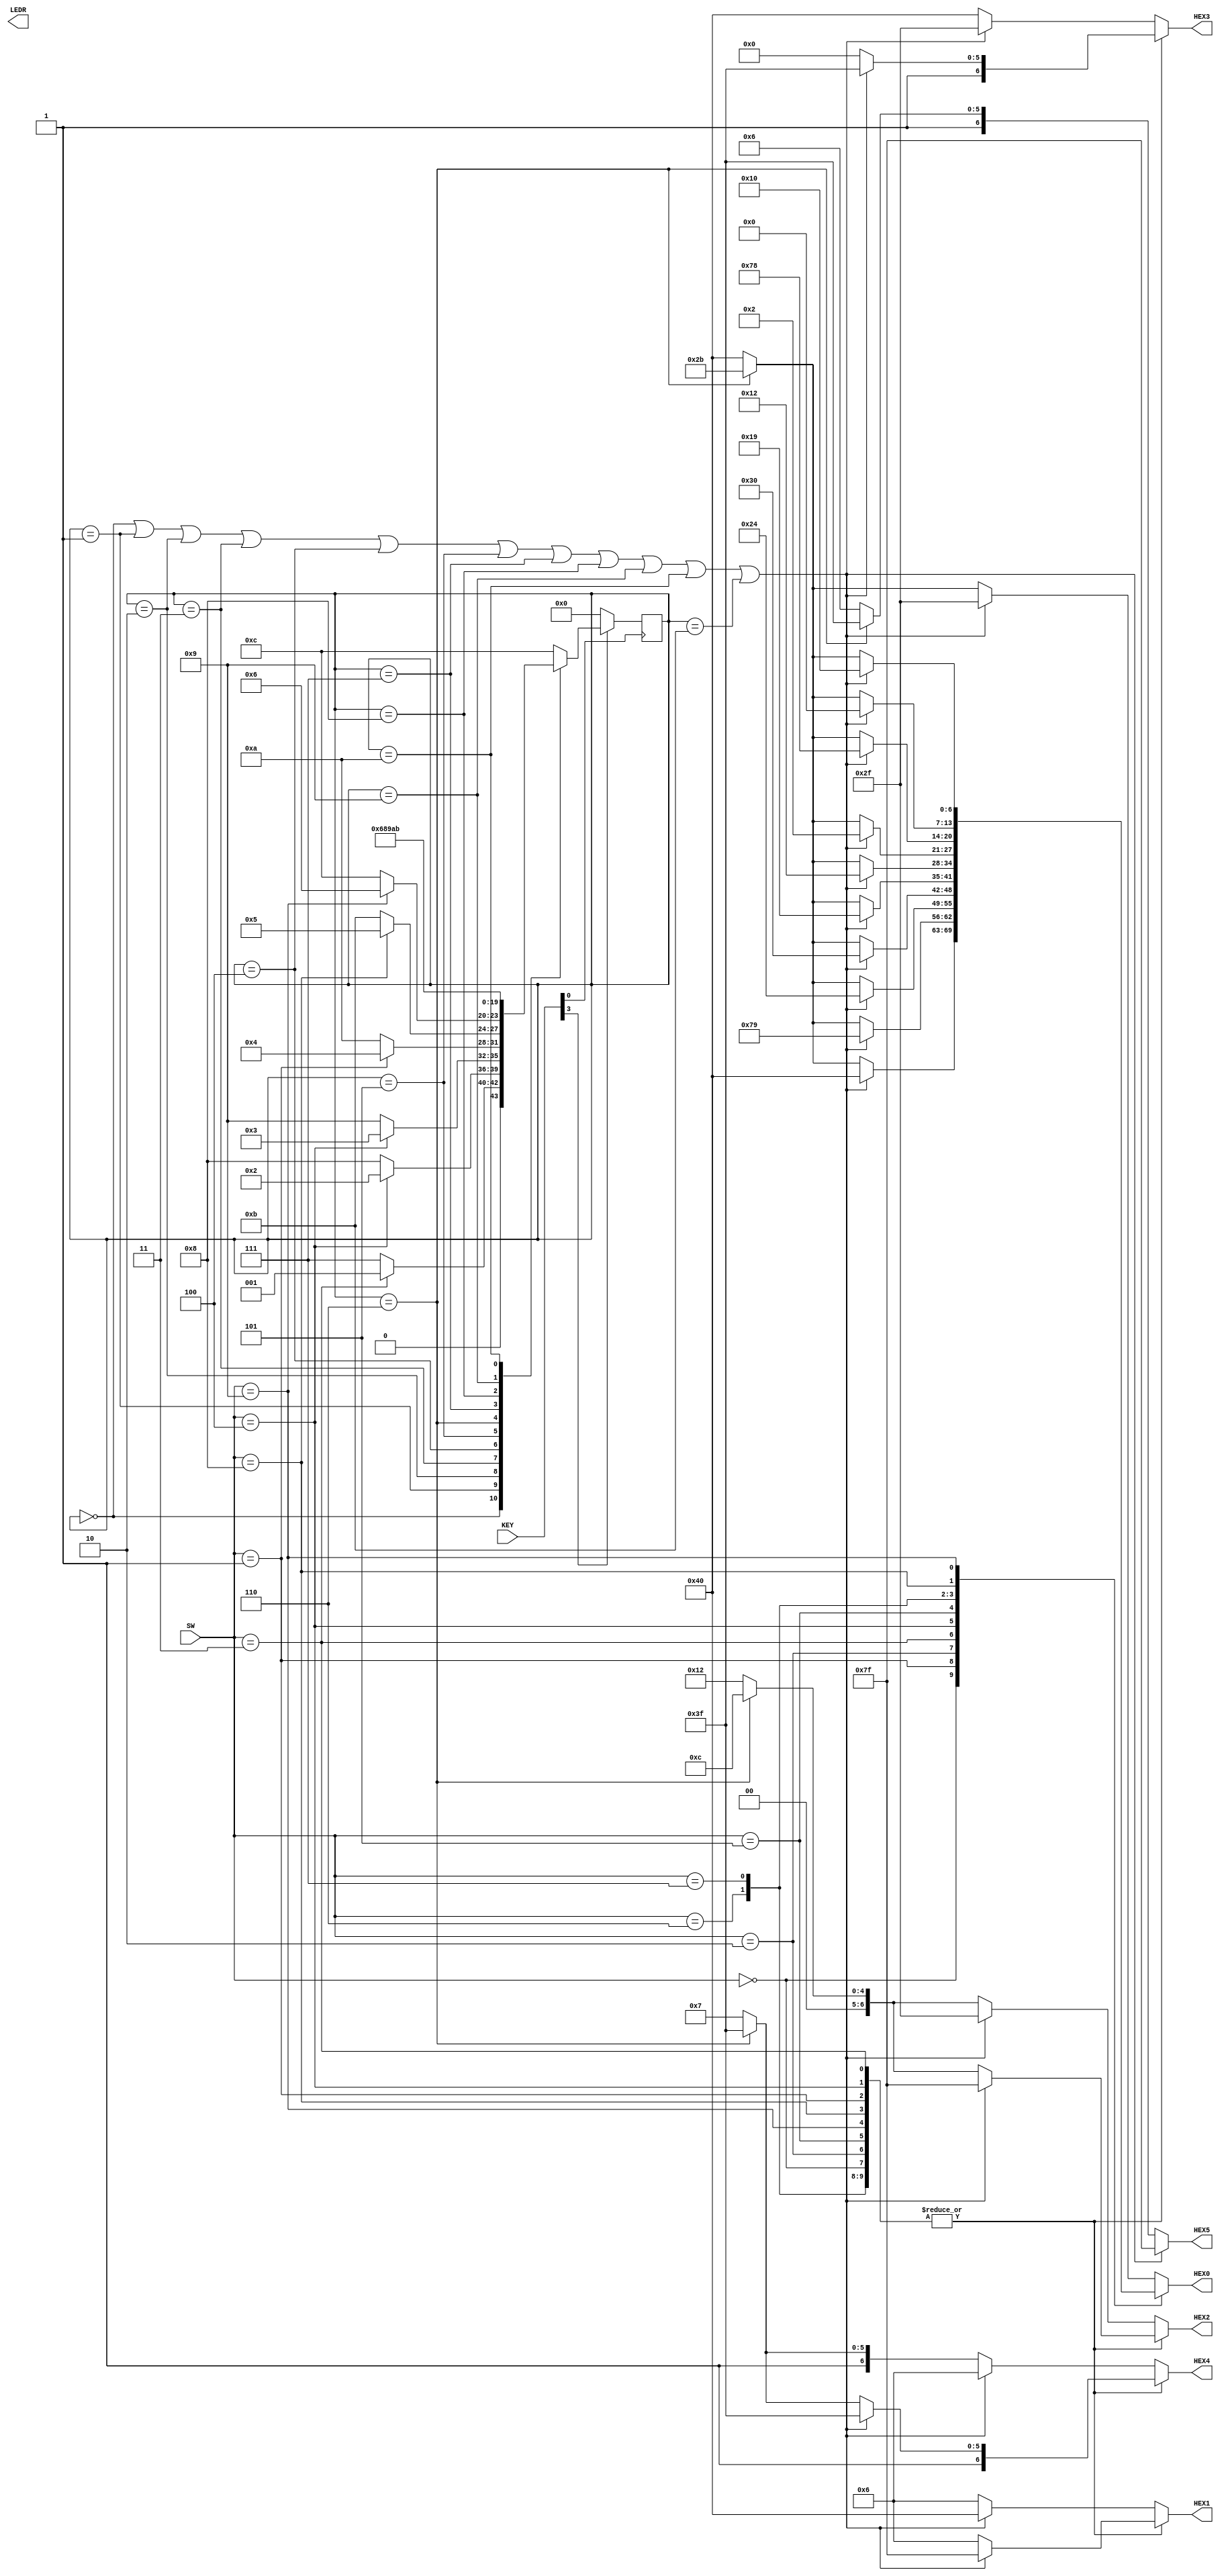
`define A 4'd0
`define B 4'd1
`define C 4'd2
`define D 4'd3
`define E 4'd4
`define F 4'd5
`define G 4'd6
`define H 4'd7
`define I 4'd8
`define J 4'd9
`define K 4'd10
`define L 4'd11
`define M 4'd12

module lab3_top(
  input [3:0] SW,
  input [3:0] KEY,
  output reg [6:0] HEX0, HEX1, HEX2, HEX3, HEX4, HEX5,
  output [9:0] LEDR); // optional: use these outputs for debugging on your DE1-SoC
  reg [3:0] state;

  	always @(negedge KEY[0]) begin
		if(KEY[3] == 0)
			state = `A;
		else begin
			case(state)
				`A: if (SW == 4'd3)
					state = `B;
					else 
					state = `H;
				`B: if (SW == 4'd4)
					state = `C;
					else 
					state = `I;
				`C: if (SW == 4'd4)
					state = `D;
					else 
					state = `J;
				`D: if (SW == 4'd1)
					state = `E;
					else
					state = `K;
				`E: if (SW == 4'd8)
					state = `F;
					else 
					state = `L;
				`F: if (SW == 4'd9)
					state = `G;
					else
					state = `M;
				`G: state = `G;
				`H: state = `I;
				`I: state = `J;
				`J: state = `K;
				`K: state = `L;
				`L: state = `M;
				`M: state = `M;
				default: state = `M;
			endcase
		end
	end

always @* begin
	case (SW)
		0: if (state == `A | state == `B | state ==`C | state == `D | state == `E | state == `F | state == `H | state == `I | state == `J | state == `K | state == `L) begin
			HEX5 = 7'b1111111;
			HEX4 = 7'b1111111;
			HEX3 = 7'b1111111;
			HEX2 = 7'b1111111;
			HEX1 = 7'b1111111;
			HEX0 = 7'b1000000;
			end
			else if (state == `G) begin
			HEX5 = 7'b1111111;
			HEX4 = 7'b1111111;
			HEX3 = 7'b1000000;
			HEX2 = 7'b0001100;
			HEX1 = 7'b0000110;
			HEX0 = 7'b0101011;
			end
			else begin
			HEX5 = 7'b1000110;
			HEX4 = 7'b1000111;
			HEX3 = 7'b1000000;
			HEX2 = 7'b0010010;
			HEX1 = 7'b0000110;
			HEX0 = 7'b1000000;
			end
		1: if (state == `A | state == `B | state ==`C | state == `D | state == `E | state == `F | state == `H | state == `I | state == `J | state == `K | state == `L) begin
			HEX5 = 7'b1111111;
			HEX4 = 7'b1111111;
			HEX3 = 7'b1111111;
			HEX2 = 7'b1111111;
			HEX1 = 7'b1111111;
			HEX0 = 7'b1111001;
			end
			else if (state == `G) begin
			HEX5 = 7'b1111111;
			HEX4 = 7'b1111111;
			HEX3 = 7'b1000000;
			HEX2 = 7'b0001100;
			HEX1 = 7'b0000110;
			HEX0 = 7'b0101011;
			end
			else begin
			HEX5 = 7'b1000110;
			HEX4 = 7'b1000111;
			HEX3 = 7'b1000000;
			HEX2 = 7'b0010010;
			HEX1 = 7'b0000110;
			HEX0 = 7'b1000000;
			end
		2: if (state == `A | state == `B | state ==`C | state == `D | state == `E | state == `F | state == `H | state == `I | state == `J | state == `K | state == `L) begin
			HEX5 = 7'b1111111;
			HEX4 = 7'b1111111;
			HEX3 = 7'b1111111;
			HEX2 = 7'b1111111;
			HEX1 = 7'b1111111;
			HEX0 = 7'b0100100;
			end
			else if (state == `G) begin
			HEX5 = 7'b1111111;
			HEX4 = 7'b1111111;
			HEX3 = 7'b1000000;
			HEX2 = 7'b0001100;
			HEX1 = 7'b0000110;
			HEX0 = 7'b0101011;
			end
			else begin
			HEX5 = 7'b1000110;
			HEX4 = 7'b1000111;
			HEX3 = 7'b1000000;
			HEX2 = 7'b0010010;
			HEX1 = 7'b0000110;
			HEX0 = 7'b1000000;
			end
		3: if (state == `A | state == `B | state ==`C | state == `D | state == `E | state == `F | state == `H | state == `I | state == `J | state == `K | state == `L) begin
			HEX5 = 7'b1111111;
			HEX4 = 7'b1111111;
			HEX3 = 7'b1111111;
			HEX2 = 7'b1111111;
			HEX1 = 7'b1111111;
			HEX0 = 7'b0110000;
			end
			else if (state == `G) begin
			HEX5 = 7'b1111111;
			HEX4 = 7'b1111111;
			HEX3 = 7'b1000000;
			HEX2 = 7'b0001100;
			HEX1 = 7'b0000110;
			HEX0 = 7'b0101011;
			end
			else begin
			HEX5 = 7'b1000110;
			HEX4 = 7'b1000111;
			HEX3 = 7'b1000000;
			HEX2 = 7'b0010010;
			HEX1 = 7'b0000110;
			HEX0 = 7'b1000000;
			end
		4: if (state == `A | state == `B | state ==`C | state == `D | state == `E | state == `F | state == `H | state == `I | state == `J | state == `K | state == `L) begin
			HEX5 = 7'b1111111;
			HEX4 = 7'b1111111;
			HEX3 = 7'b1111111;
			HEX2 = 7'b1111111;
			HEX1 = 7'b1111111;
			HEX0 = 7'b0011001;
			end
			else if (state == `G) begin
			HEX5 = 7'b1111111;
			HEX4 = 7'b1111111;
			HEX3 = 7'b1000000;
			HEX2 = 7'b0001100;
			HEX1 = 7'b0000110;
			HEX0 = 7'b0101011;
			end
			else begin
			HEX5 = 7'b1000110;
			HEX4 = 7'b1000111;
			HEX3 = 7'b1000000;
			HEX2 = 7'b0010010;
			HEX1 = 7'b0000110;
			HEX0 = 7'b1000000;
			end
		5: if (state == `A | state == `B | state ==`C | state == `D | state == `E | state == `F | state == `H | state == `I | state == `J | state == `K | state == `L) begin
			HEX5 = 7'b1111111;
			HEX4 = 7'b1111111;
			HEX3 = 7'b1111111;
			HEX2 = 7'b1111111;
			HEX1 = 7'b1111111;
			HEX0 = 7'b0010010;
			end
			else if (state == `G) begin
			HEX5 = 7'b1111111;
			HEX4 = 7'b1111111;
			HEX3 = 7'b1000000;
			HEX2 = 7'b0001100;
			HEX1 = 7'b0000110;
			HEX0 = 7'b0101011;
			end
			else begin
			HEX5 = 7'b1000110;
			HEX4 = 7'b1000111;
			HEX3 = 7'b1000000;
			HEX2 = 7'b0010010;
			HEX1 = 7'b0000110;
			HEX0 = 7'b1000000;
			end
		6: if (state == `A | state == `B | state ==`C | state == `D | state == `E | state == `F | state == `H | state == `I | state == `J | state == `K | state == `L) begin
			HEX5 = 7'b1111111;
			HEX4 = 7'b1111111;
			HEX3 = 7'b1111111;
			HEX2 = 7'b1111111;
			HEX1 = 7'b1111111;
			HEX0 = 7'b0000010;
			end
			else if (state == `G) begin
			HEX5 = 7'b1111111;
			HEX4 = 7'b1111111;
			HEX3 = 7'b1000000;
			HEX2 = 7'b0001100;
			HEX1 = 7'b0000110;
			HEX0 = 7'b0101011;
			end
			else begin
			HEX5 = 7'b1000110;
			HEX4 = 7'b1000111;
			HEX3 = 7'b1000000;
			HEX2 = 7'b0010010;
			HEX1 = 7'b0000110;
			HEX0 = 7'b1000000;
			end
		7: if (state == `A | state == `B | state ==`C | state == `D | state == `E | state == `F | state == `H | state == `I | state == `J | state == `K | state == `L) begin
			HEX5 = 7'b1111111;
			HEX4 = 7'b1111111;
			HEX3 = 7'b1111111;
			HEX2 = 7'b1111111;
			HEX1 = 7'b1111111;
			HEX0 = 7'b1111000;
			end
			else if (state == `G) begin
			HEX5 = 7'b1111111;
			HEX4 = 7'b1111111;
			HEX3 = 7'b1000000;
			HEX2 = 7'b0001100;
			HEX1 = 7'b0000110;
			HEX0 = 7'b0101011;
			end
			else begin
			HEX5 = 7'b1000110;
			HEX4 = 7'b1000111;
			HEX3 = 7'b1000000;
			HEX2 = 7'b0010010;
			HEX1 = 7'b0000110;
			HEX0 = 7'b1000000;
			end
		8: if (state == `A | state == `B | state ==`C | state == `D | state == `E | state == `F | state == `H | state == `I | state == `J | state == `K | state == `L) begin
			HEX5 = 7'b1111111;
			HEX4 = 7'b1111111;
			HEX3 = 7'b1111111;
			HEX2 = 7'b1111111;
			HEX1 = 7'b1111111;
			HEX0 = 7'b0000000;
			end
			else if (state == `G) begin
			HEX5 = 7'b1111111;
			HEX4 = 7'b1111111;
			HEX3 = 7'b1000000;
			HEX2 = 7'b0001100;
			HEX1 = 7'b0000110;
			HEX0 = 7'b0101011;
			end
			else begin
			HEX5 = 7'b1000110;
			HEX4 = 7'b1000111;
			HEX3 = 7'b1000000;
			HEX2 = 7'b0010010;
			HEX1 = 7'b0000110;
			HEX0 = 7'b1000000;
			end
		9: if (state == `A | state == `B | state ==`C | state == `D | state == `E | state == `F | state == `H | state == `I | state == `J | state == `K | state == `L) begin
			HEX5 = 7'b1111111;
			HEX4 = 7'b1111111;
			HEX3 = 7'b1111111;
			HEX2 = 7'b1111111;
			HEX1 = 7'b1111111;
			HEX0 = 7'b0010000;
			end
			else if (state == `G) begin
			HEX5 = 7'b1111111;
			HEX4 = 7'b1111111;
			HEX3 = 7'b1000000;
			HEX2 = 7'b0001100;
			HEX1 = 7'b0000110;
			HEX0 = 7'b0101011;
			end
			else begin
			HEX5 = 7'b1000110;
			HEX4 = 7'b1000111;
			HEX3 = 7'b1000000;
			HEX2 = 7'b0010010;
			HEX1 = 7'b0000110;
			HEX0 = 7'b1000000;
			end
		default: begin
			if (state == `A | state == `B | state ==`C | state == `D | state == `E | state == `F | state == `H | state == `I | state == `J | state == `K | state == `L) begin
			HEX5 = 7'b1111111;
			HEX4 = 7'b0000110;
			HEX3 = 7'b0101111;
			HEX2 = 7'b0101111;
			HEX1 = 7'b1000000;
			HEX0 = 7'b0101111;
			end
			else if (state == `G) begin
			HEX5 = 7'b1111111;
			HEX4 = 7'b1111111;
			HEX3 = 7'b1000000;
			HEX2 = 7'b0001100;
			HEX1 = 7'b0000110;
			HEX0 = 7'b0101011;
			end
			else begin
			HEX5 = 7'b1000110;
			HEX4 = 7'b1000111;
			HEX3 = 7'b1000000;
			HEX2 = 7'b0010010;
			HEX1 = 7'b0000110;
			HEX0 = 7'b1000000;
			end
			end
	endcase
	end
endmodule